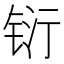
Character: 𮸇